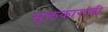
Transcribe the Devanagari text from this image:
सूक्तकारांची